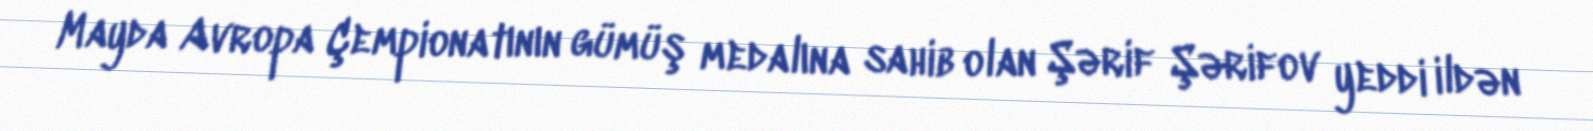
Mayda Avropa Çempionatının gümüş medalına sahib olan Şərif Şərifov yeddi ildən